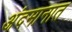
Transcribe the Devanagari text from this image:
अंदमानात